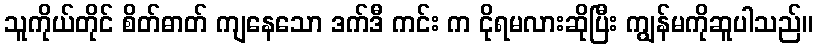
သူကိုယ်တိုင် စိတ်ဓာတ် ကျနေသော ဒက်ဒီ ကင်း က ငိုရမလားဆိုပြီး ကျွန်မကိုဆူပါသည်။